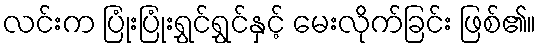
လင်းက ပြုံးပြုံးရွှင်ရွှင်နှင့် မေးလိုက်ခြင်း ဖြစ်၏။